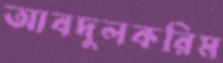
আবদুলকরিম